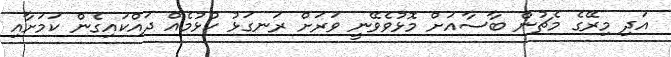
އަދި މިރޭގެ މެޗުން ބާސާއަށް މޮޅުވެވޭނީ ވަރަށް ރަނގަޅު ކުޅުމެއް ދައްކައިގެން ކަމަށާއި